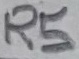
Text: R5